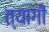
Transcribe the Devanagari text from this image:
त्‍यागी